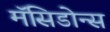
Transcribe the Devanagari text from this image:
मॅसिडोन्स